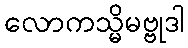
လောကသ္မိမဗ္ဗုဒါ